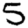
Digit: 5